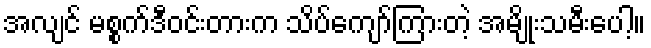
အလျင် မစ္စက်ဒီဝင်းတားက သိပ်ကျော်ကြားတဲ့ အမျိုးသမီးပေါ့။